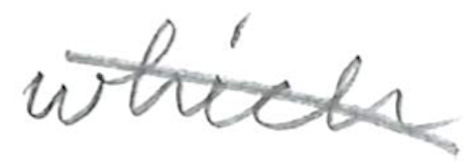
Text: which
Cross-out: diagonal
Writing tool: pencil